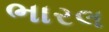
ભારલ